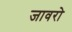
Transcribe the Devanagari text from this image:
जावरो